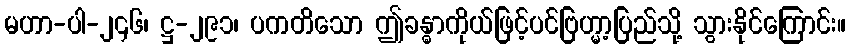
မဟာ-ပါ-၂၄၆၊ ဋ္ဌ-၂၉၁၊ ပကတိသော ဤခန္ဓာကိုယ်ဖြင့်ပင်ဗြဟ္မာ့ပြည်သို့ သွားနိုင်ကြောင်း။